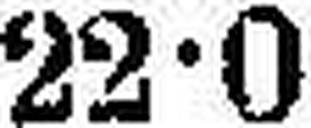
22•0